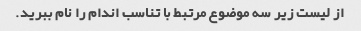
از لیست زیر سه موضوع مرتبط با تناسب اندام را نام ببرید.